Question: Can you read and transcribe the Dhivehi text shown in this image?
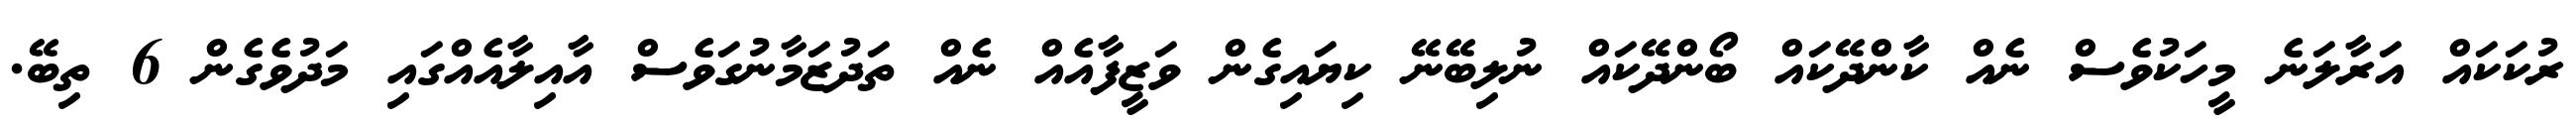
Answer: ރުކަކައް އަރާލަނެ މީހަކުވެސް ނެއް ކާންދޭކައް ބޯންދޭކައް ނުލިބޭނޭ ކިޔައިގެން ވަޒީފާއެއް ނެއް ތަދުޒަމާނުގަވެސް އާއިލާއެއްގައި މަދުވެގެން 6 ތިބޭ.